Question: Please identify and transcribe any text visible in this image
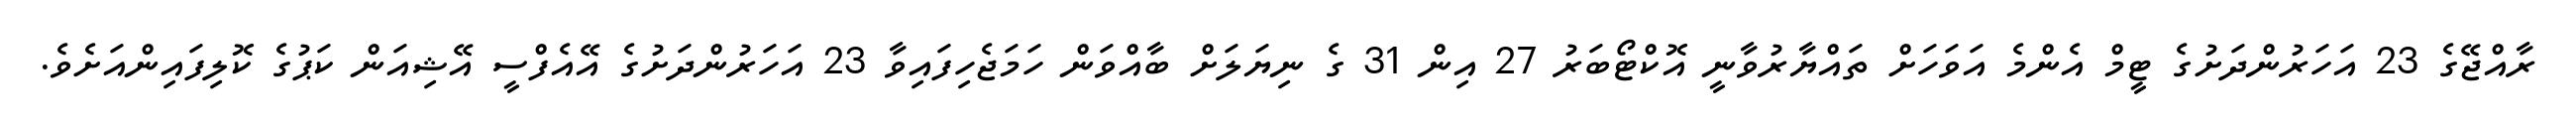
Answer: ރާއްޖޭގެ 23 އަހަރުންދަށުގެ ޓީމް އެންމެ އަވަހަށް ތައްޔާރުވާނީ އޮކްޓޯބަރު 27 އިން 31 ގެ ނިޔަލަށް ބާއްވަން ހަމަޖެހިފައިވާ 23 އަހަރުންދަށުގެ އޭއެފްސީ އޭޝިއަން ކަޕުގެ ކޮލިފައިންއަށެވެ.